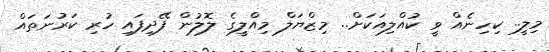
މިލީ.. ކިހިނެއް ވީ ކުއްލިއަކަށް.. މިޒްޔަލް މިއްލީގެ ލޮލުން ފޭދިފައި ހުރި ކަރުނަތައް